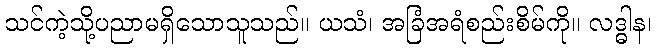
သင်ကဲ့သို့ပညာမရှိသောသူသည်။ ယသံ၊ အခြံအရံစည်းစိမ်ကို။ လဒ္ဓါန၊